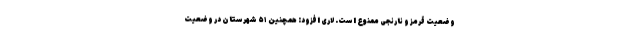
وضعیت قرمز و نارنجی ممنوع است. لاری افزود: همچنین ۵۱ شهرستان در وضعیت